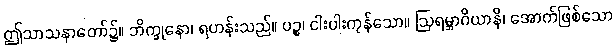
ဤသာသနာတော်၌။ ဘိက္ခုနော၊ ရဟန်းသည်။ ပဉ္စ၊ ငါးပါးကုန်သော။ ဩရမ္ဘာဂိယာနိ၊ အောက်ဖြစ်သော